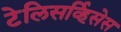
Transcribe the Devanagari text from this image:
टेलिसर्व्हिसेस